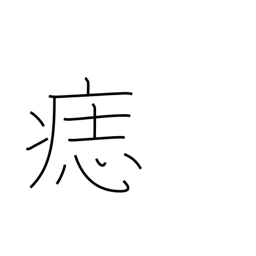
Meaning: birthmark